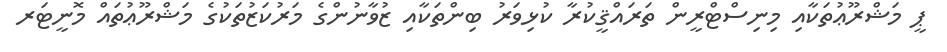
ޕީ މަޝްރޫޢުތަކާއި މިނިސްޓްރީން ތަރައްޤީކުރާ ކުޅިވަރު ބިންތަކާއި ޒުވާނުންގެ މަރުކަޒުތަކުގެ މަޝްރޫޢުތައް މޮނީޓަރ